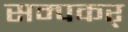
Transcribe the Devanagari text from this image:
सम्पकर्